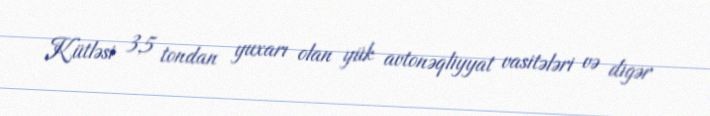
Kütləsi 3,5 tondan yuxarı olan yük avtonəqliyyat vasitələri və digər